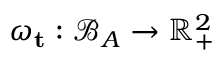
\omega _ { \mathbf { t } } : \mathcal { B } _ { A } \rightarrow \mathbb { R } _ { + } ^ { 2 }